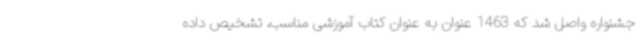
جشنواره واصل شد که 1463 عنوان به عنوان کتاب آموزشی مناسب، تشخیص داده